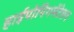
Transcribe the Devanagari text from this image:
हाईपोपिगमेंटेशन